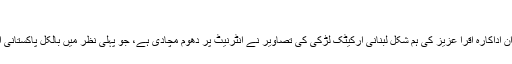
آپ بھی دیکھئے
کراچی جدت ویب ڈیسک :: پاکستان کی نوجوان اداکارہ اقرا عزیز کی ہم شکل لبنانی آرکیٹک لڑکی کی تصاویر نے انٹرنیٹ پر دھوم مچادی ہے، جو پہلی نظر میں بالکل پاکستانی اداکارہ کی اوریجنل کاپی ہی دکھائی دیتی ہیں۔